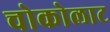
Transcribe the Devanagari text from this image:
चोकोलाट